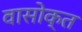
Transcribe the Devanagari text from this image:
वासोक्त